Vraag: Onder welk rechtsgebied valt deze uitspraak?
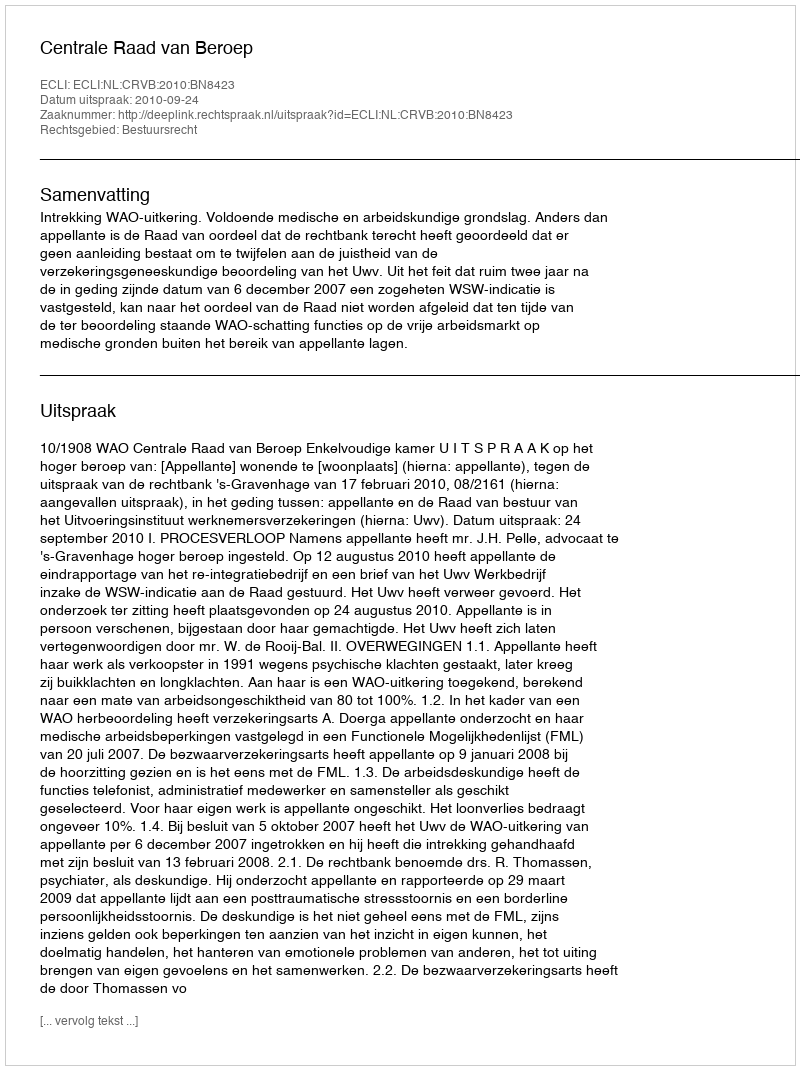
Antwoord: Bestuursrecht